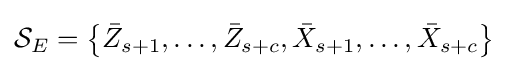
{\mathcal {S}}_{E}=\left\{{\bar {Z}}_{s+1},\ldots ,{\bar {Z}}_{s+c},{\bar {X}}_{s+1},\ldots ,{\bar {X}}_{s+c}\right\}